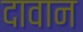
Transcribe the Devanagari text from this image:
दावान